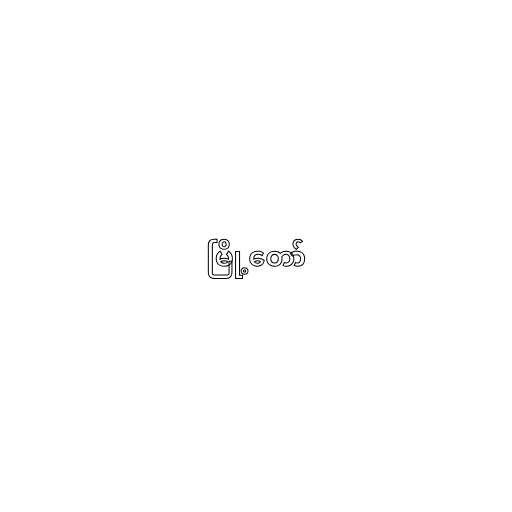
မြို့တော်